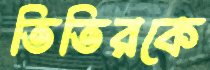
তিতিরকে